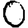
Digit: 0